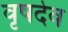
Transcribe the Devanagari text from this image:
वृषदेव